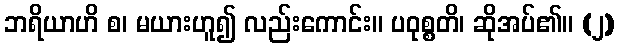
ဘရိယာဟိ စ၊ မယားဟူ၍ လည်းကောင်း။ ပဝုစ္စတိ၊ ဆိုအပ်၏။ (၂)